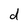
Character: d